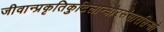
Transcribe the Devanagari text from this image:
जीवान्प्रकृतिकुटिलान्घोरसंसारसिन्धो